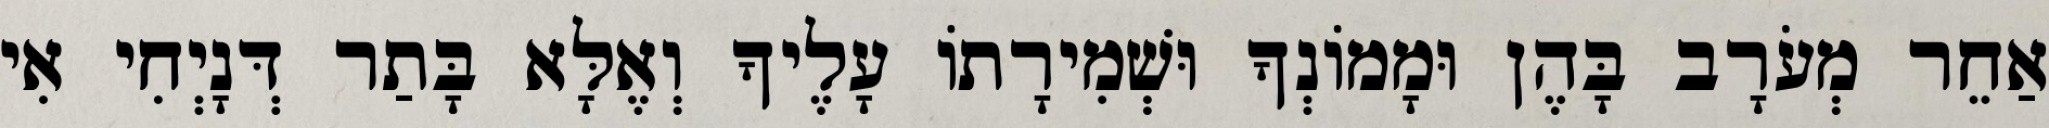
אַחֵר מְעֹרָב בָּהֶן וּמָמוֹנְךָ וּשְׁמִירָתוֹ עָלֶיךָ וְאֶלָּא בָּתַר דְּנָיְחִי אִי